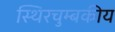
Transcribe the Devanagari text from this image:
स्थिरचुम्बकीय